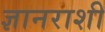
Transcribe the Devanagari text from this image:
ज्ञानराशी